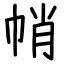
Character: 帩